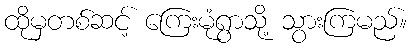
ထိုမှတစ်ဆင့် ကြေးမုံရွာသို့ သွားကြမည်။